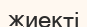
жиекті